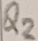
Text: Q2